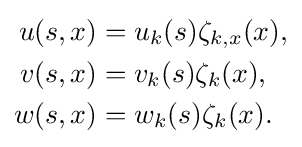
{\begin{aligned}u(s,x)&=u_{k}(s)\zeta _{k,x}(x),\\v(s,x)&=v_{k}(s)\zeta _{k}(x),\\w(s,x)&=w_{k}(s)\zeta _{k}(x).\end{aligned}}